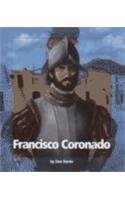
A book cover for Francisco Coronado (Watts Library); Don Nardo; Children's Books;